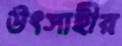
উৎসাহীর